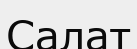
Салат